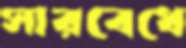
সারবেধে